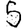
Digit: 5